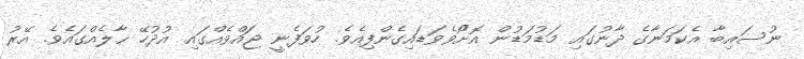
ނުސައިބާ އެކަމަނާގެ ދާނުގައި މަޑުމަޑުން އޮށޯވެވަޑައިގެންފިއެވެ. ހުވަފެނީ ޖައްވެއްގައި އުދުހޭ ޙާލެއްގައެވެ. އޭރު